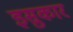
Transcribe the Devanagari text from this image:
इसुकार